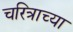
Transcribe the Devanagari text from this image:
चरित्राच्या